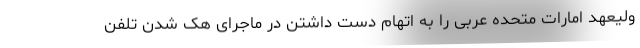
ولیعهد امارات متحده عربی را به اتهام دست داشتن در ماجرای هک شدن تلفن